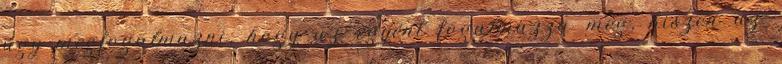
úgy megfogalmazni, hogy az egyént fogalmazza meg, hiszen az